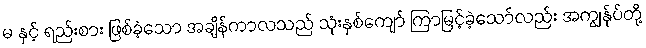
မ နှင့် ရည်းစား ဖြစ်ခဲ့သော အချိန်ကာလသည် သုံးနှစ်ကျော် ကြာမြင့်ခဲ့သော်လည်း အကျွန်ုပ်တို့